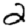
Digit: 2